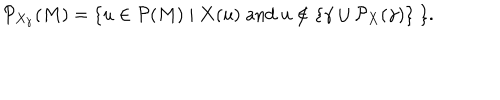
LaTeX: { \cal P } _ { X _ { \gamma } } ( M ) = \{ u \in { \cal P } ( M ) \mid { \bf X } ( u ) \; \mathrm { a n d } \; u \not \in \{ \gamma \cup { \cal P } _ { X } ( \gamma ) \} \; \} .